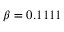
\beta = 0 . 1 1 1 1